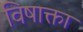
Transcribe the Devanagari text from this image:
विषाक्ता